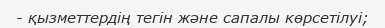
- қызметтердің тегін және сапалы көрсетілуі;